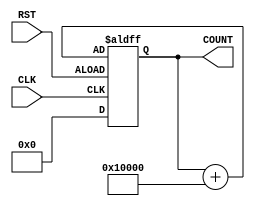
`timescale 1ns / 1ps
//////////////////////////////////////////////////////////////////////////////////
// Company: 
// 
// Design Name: Runge Gutta Algorithm for FPGA
// Module Name: counter_fixed_num
// Project Name: 
// Target Devices: Basys 3 Board
//
// Description: 
// This is a counter counting with fixed numbers. 
// In this way it can be compared to the 4*N. 
// 4 are the clock cycle for one run of the loop. 
// 
// Dependencies: 
// 
// Revision:
// 
//////////////////////////////////////////////////////////////////////////////////

//
//  counter_fixed_num( .CLK(), .RST(), .COUNT() );
//
module counter_fixed_num( CLK, RST, COUNT);
    parameter n = 32;
    input CLK, RST;
    output reg [n-1:0] COUNT;
    
    always@(posedge CLK, negedge RST)
        begin
            if (RST)
               COUNT <= 32'b0000000000000000_0000000000000000;
            else
               COUNT <= COUNT + 32'b0000000000000001_0000000000000000;
        
        end
    
endmodule